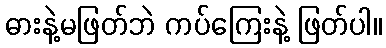
ဓားနဲ့မဖြတ်ဘဲ ကပ်ကြေးနဲ့ ဖြတ်ပါ။